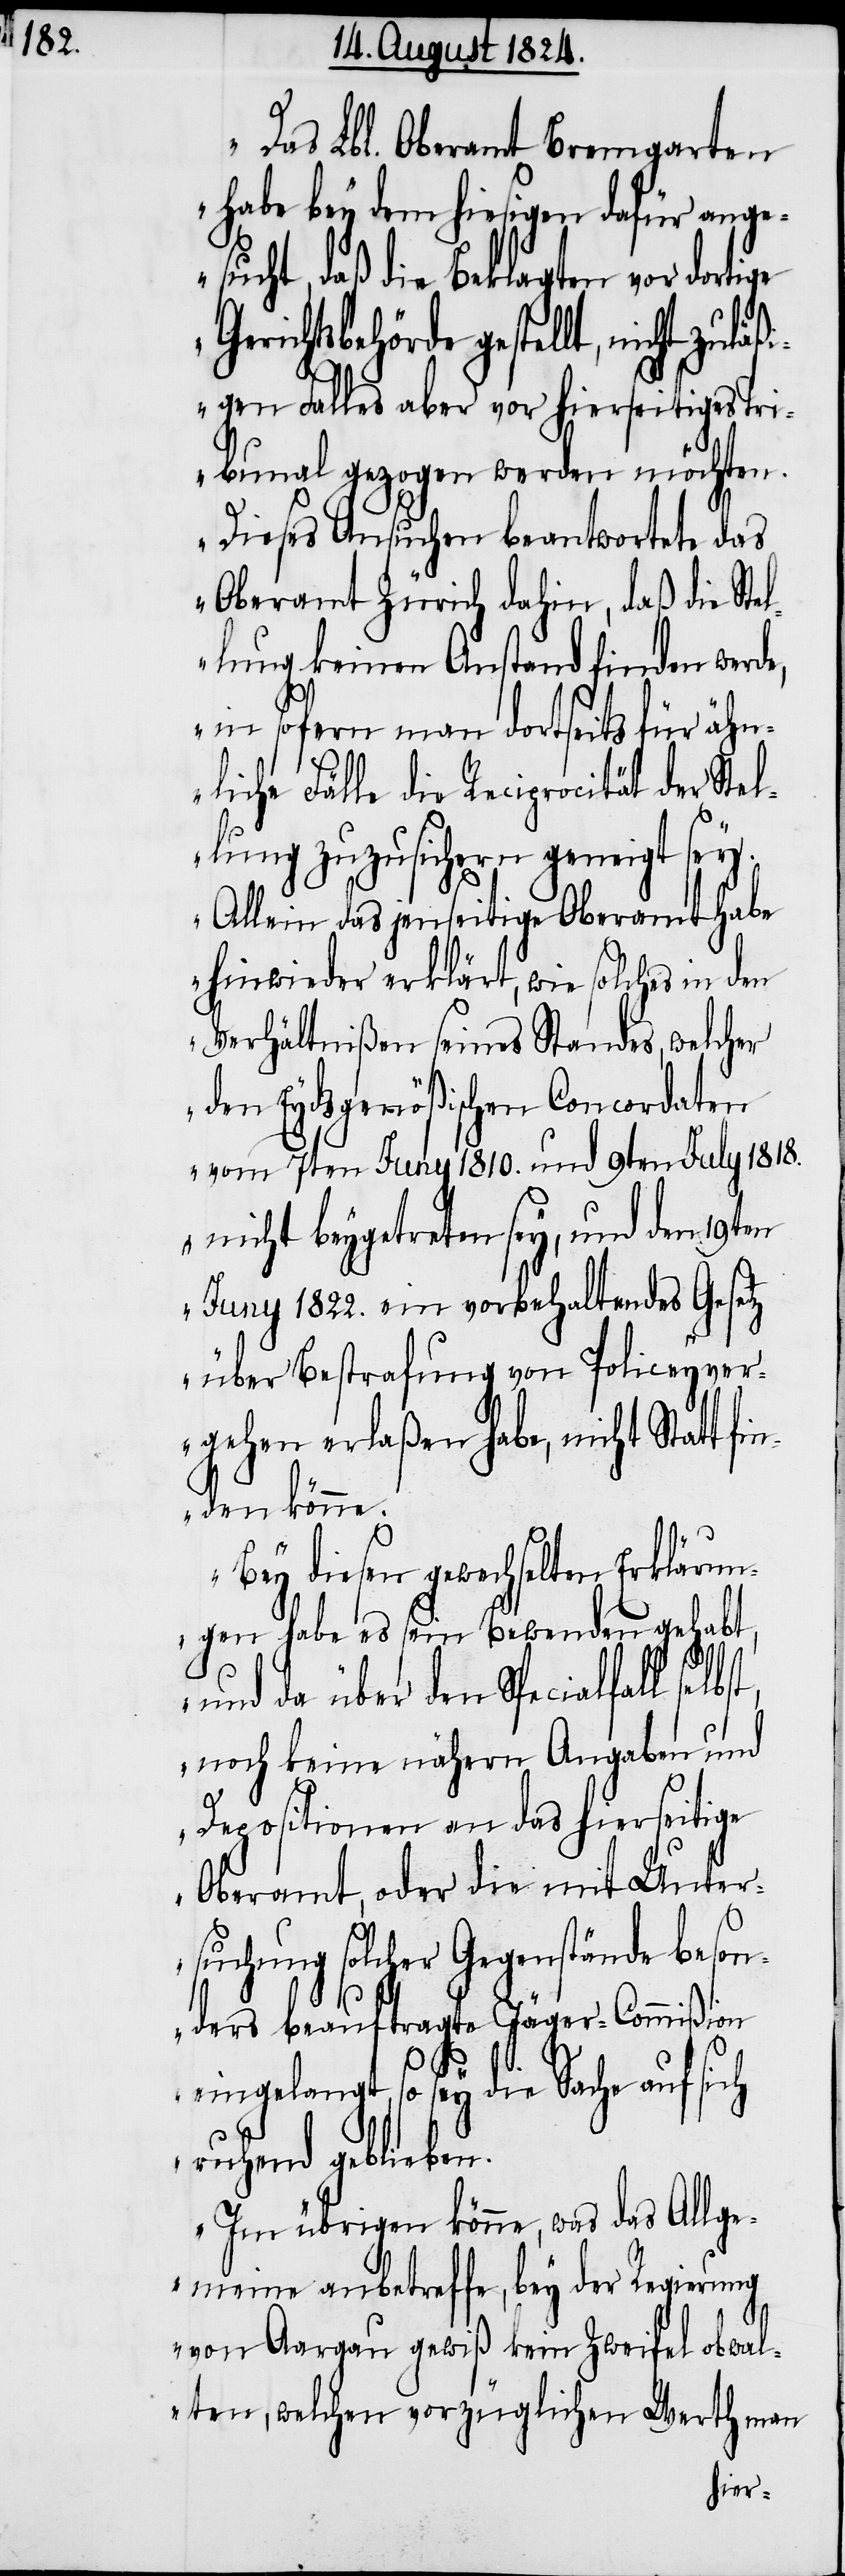
„Das Lbl. Oberamt Bremgarten
habe bey dem hiesigen dafür ange¬
sucht, daß die Beklagten vor dortige
Gerichtsbehörde gestellt, nicht zu¬
läßigen Falles aber vor hierseitiges Tri¬
bunal gezogen werden möchten.
Dieses Ansuchen beantwortet das
Oberamt Zürich dahin, daß die St¬
ellung keinen Anstand finden werde,
in sofern man dortseits für ähn¬
liche Fälle die Reciprocität der Stel¬
lung zuzusichern geneigt sey.
Allein das jenseitige Oberamt habe
hinwieder erklärt, wie solches in den
Verhältnißen seines Standes, welcher
den Eydsgenößischen Concordaten
vom 7ten Juny 1810. und 9ten July 1818.
nicht beygetreten sey, und den 19ten
Juny 1822. ein vorbehaltendes Gesetz
über Bestrafungen von Policeyver¬
gehen erlaßen habe, nicht Statt fi¬
nden könne.
Bey diesen gewechselten Erklärun¬
gen habe es sein Bewenden gehabt,
und da über den Spezialfall
noch keine nähern Angaben und
Depositionen an das hierseitige
Oberamt, oder die mit Unter¬
suchung solcher Gegenstände beson¬
ders beauftragte Jäger-Commißion
eingelangt, so sey die Sache auf sich
ruhend geblieben.
Im übrigen könne, was das Allge¬
meine anbetreffe, bey der Regierung
von Aargau gewiß kein Zweifel obwal¬
ten, welchen vorzüglichen Werth man